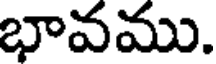
భావము.